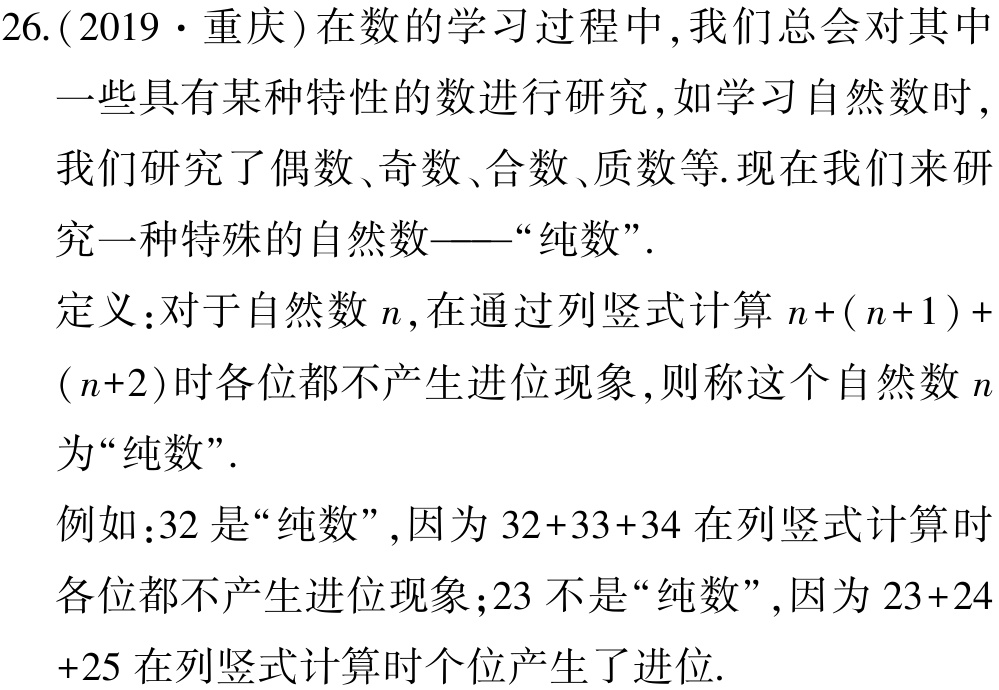
26.(2019·重庆)在数的学习过程中,我们总会对其中
一些具有某种特性的数进行研究,如学习自然数时,
我们研究了偶数、奇数、合数、质数等.现在我们来研
究一种特殊的自然数——“纯数”.
定义:对于自然数\(n\),在通过列竖式计算\(n+(n + 1)+(n + 2)\)时各位都不产生进位现象,则称这个自然数\(n\)为“纯数”.
例如:\(32\)是“纯数”,因为\(32 + 33+34\)在列竖式计算时各位都不产生进位现象;\(23\)不是“纯数”,因为\(23+24 + 25\)在列竖式计算时个位产生了进位.